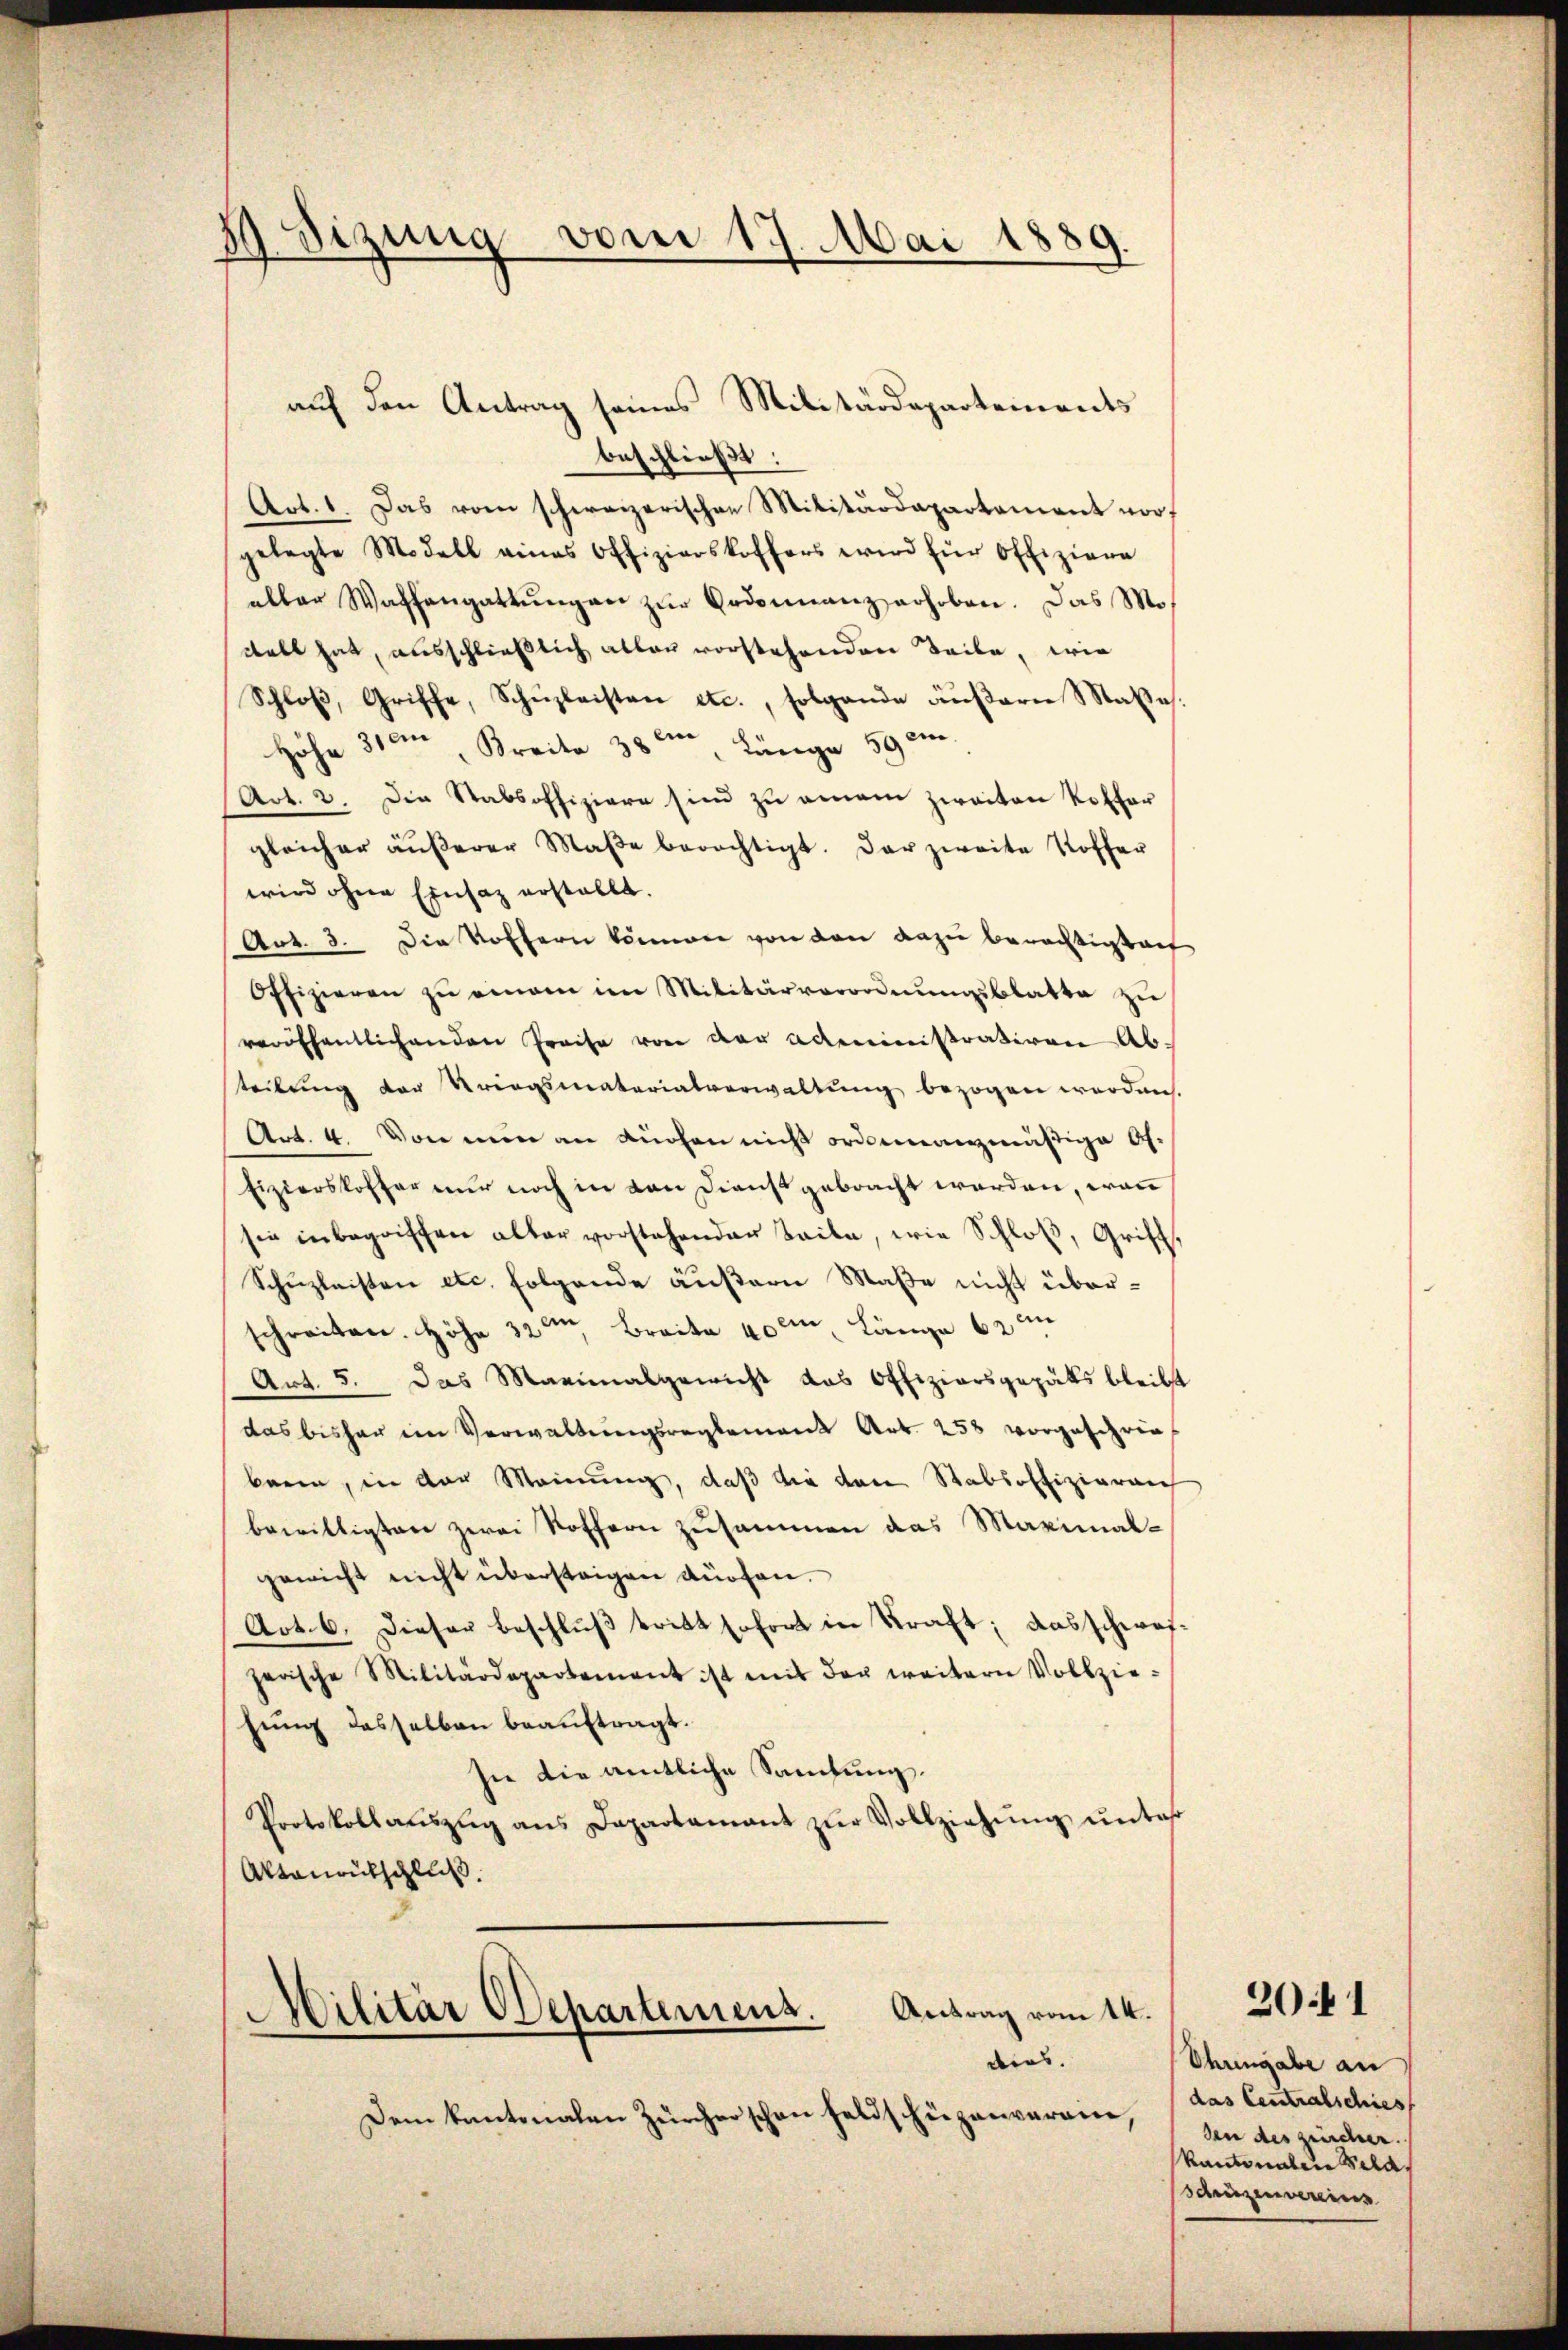
1 Sizung vom 19. Mai 1889.

auf den Antrag seines Militärdepartements

beschließt:
Art. 1. Das vom schweizerischen Militärdepartement vor,
gelegte Modell eines Offizierskoffers wird für Offiziere
eller Waffengattungen zur Ordonnanz erhoben. Das Mostalt hat, ausschließlich allen vorstehenden Teile, wie
Schloβ, Griffe, Schüzleisten etc., folgende äŭβern Mate
Höhe 31ten Kreite 38 " Länge 590.
Art. 2. Die Stabsoffiziere sind zu amam zweiten Koffer
gleicher äŭβerer Maβe berechtigt. Der zweite Koffer
wird ohne Einsatz erstellt.
Art. 3. Die Voffern können von von dazu berechtigten
Offizieren zŭ einem im Militärverordnŭngsblatte zŭ
veröffentlichenden Preise von der Administrativen Abteilung der Kriegsmaterialverwaltŭng bezogen werden
Art. 4. Von nun an Küchen nicht ordinanzmäßige Of-
Eizierskoffer nur noch in den Dienst gebracht werden, wann
sie inbegriffen aller vorstehender Teile, wie Schloß, Grift¬
Schuzleisten etc. folgende äußern Maße nicht überschreiten. Höhe 32ten Breite 400m Länge 62 in
Art. 5. Das Marinalgewicht das Offiziarsgepäts bleib
das bisher im Verwaltŭngsreglement Art. 253 vorgeschrie-
baren, in der Meinung, daß die dem Stabsoffizierenz
bewilligten zwei Stoffern zusammen das Maximalgewicht nicht übersteigen dürfen.
Act. 6. Dieser Beschlŭβ tritt sofort in Kraft; ausschwei
zerische Militärdepartement ist mit der weitern Vollziehung desselben beauftragt.
sie die amtliche Sammlung.
Protokollauszug ans Departamant zŭr Vollziehŭng ŭnter
Aktenrutschluß
Antrag vom 14.
Militär Departemens.
dens.
Dem kantonalen Zürcher schon feldschüzenverein,

Ohrengabe an
das Centralschies
den des zürcher.
kantonalen Seld.
schüzenverein

2041